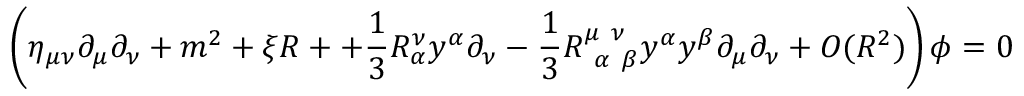
\left( \eta _ { \mu \nu } \partial _ { \mu } \partial _ { \nu } + m ^ { 2 } + \xi R + + { \frac { 1 } { 3 } } R _ { \alpha } ^ { \nu } y ^ { \alpha } \partial _ { \nu } - { \frac { 1 } { 3 } } R _ { \ \alpha \ \beta } ^ { \mu \ \nu } y ^ { \alpha } y ^ { \beta } \partial _ { \mu } \partial _ { \nu } + O ( R ^ { 2 } ) \right) \phi = 0